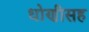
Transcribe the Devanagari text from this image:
धोणीसह